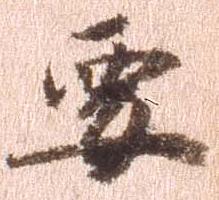
要